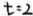
t = 2